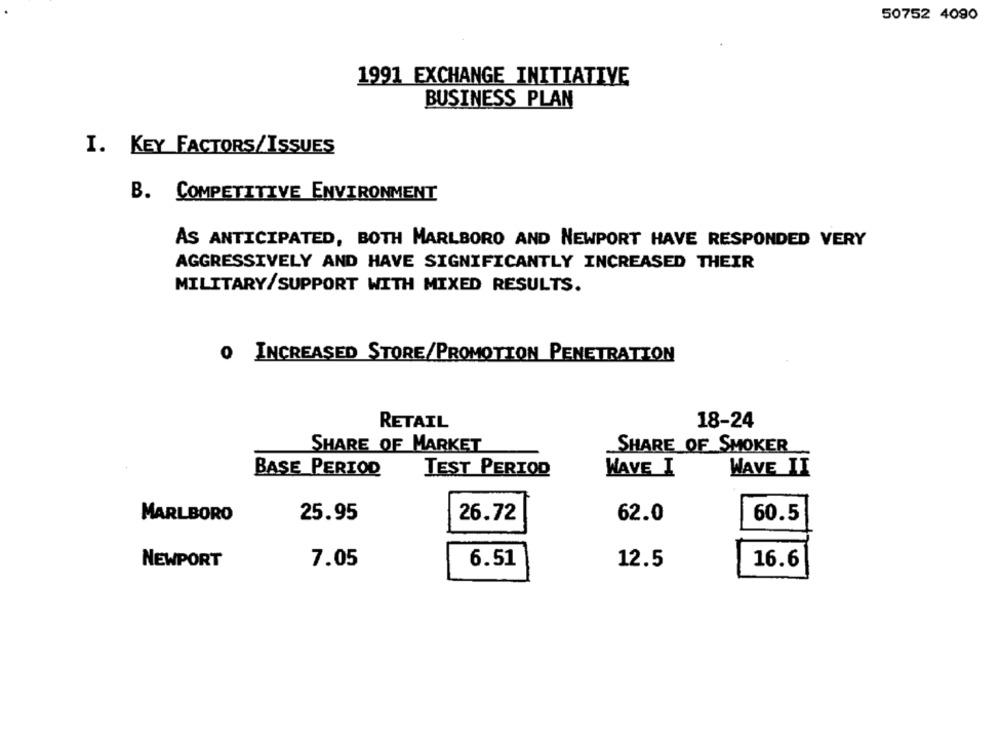
50752 4090
1991 EXCHANGE INITIATIVE
BUSINESS PLAN
I. KEY FACTORS/ISSUES
B. COMPETITIVE ENVIRONMENT
AS ANTICIPATED, BOTH MARLBORO AND NEWPORT HAVE RESPONDED VERY
AGGRESSIVELY AND HAVE SIGNIFICANTLY INCREASED THEIR
MILITARY/SUPPORT WITH MIXED RESULTS.
O INCREASED STORE/PROMOTION PENETRATION
RETAIL
18-24
SHARE OF MARKET
SHARE OF SMOKER
BASE PERIOD
TEST PERIOD
WAVE I
WAVE II
MARLBORO
25.95
26.72
62.0
60.5
NEWPORT
7.05
6.51
12.5
16.6